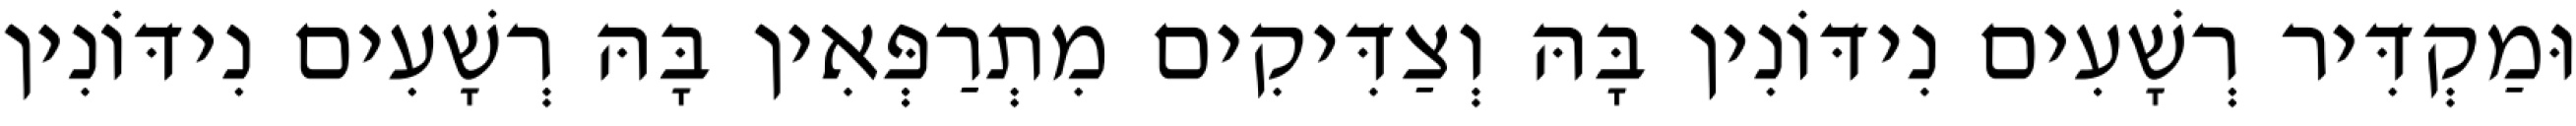
וּמַקְדִּיר רְשָׁעִים נִידּוֹנִין בָּהּ וְצַדִּיקִים מִתְרַפְּאִין בָּהּ רְשָׁעִים נִידּוֹנִין